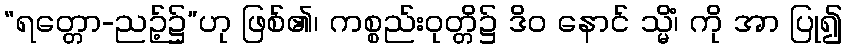
“ရတ္တော-ညဉ့်၌”ဟု ဖြစ်၏၊ ကစ္စည်းဝုတ္တိ၌ ဒိဝ နောင် သ္မိံ၊ ကို အာ ပြု၍